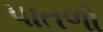
પાતળો